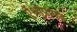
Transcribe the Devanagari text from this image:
ऐंथ्रोपाएड